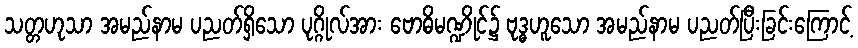
သတ္တဟုသာ အမည်နာမ ပညတ်ရှိသော ပုဂ္ဂိုလ်အား ဗောဓိမဏ္ဍိုင်၌ ဗုဒ္ဓဟူသော အမည်နာမ ပညတ်ပြီးခြင်းကြောင့်